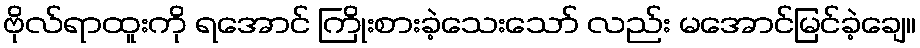
ဗိုလ်ရာထူးကို ရအောင် ကြိုးစားခဲ့သေးသော် လည်း မအောင်မြင်ခဲ့ချေ။